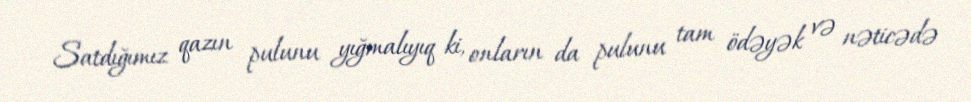
Satdığımız qazın pulunu yığmalıyıq ki, onların da pulunu tam ödəyək və nəticədə